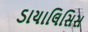
ડાયાલિસિસ